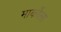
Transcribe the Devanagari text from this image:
मार्कोला